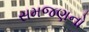
સમજણનો